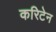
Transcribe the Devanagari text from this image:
करिटेन